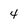
Character: 4